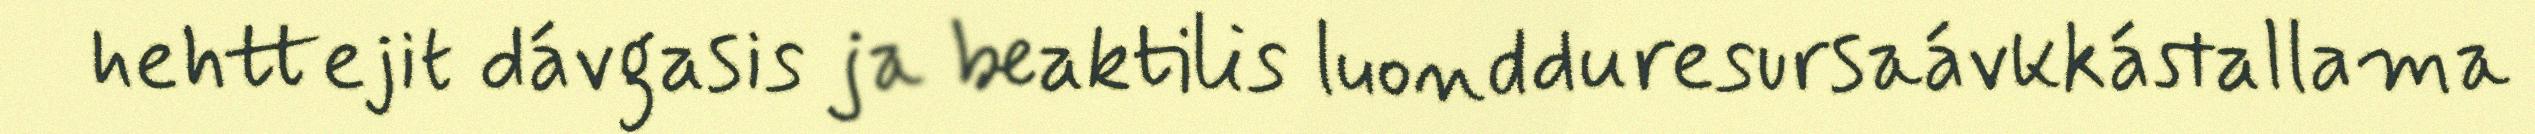
hehttejit dávgasis ja beaktilis luondduresursaávkkástallama